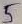
Text: 5